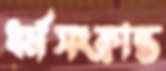
ধর্মসংক্রান্ত